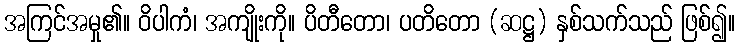
အကြင်အမှု၏။ ဝိပါကံ၊ အကျိုးကို။ ပိတီတော၊ ပတိတော (ဆဋ္ဌ) နှစ်သက်သည် ဖြစ်၍။